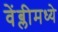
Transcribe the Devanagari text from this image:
वेंब्लीमध्ये